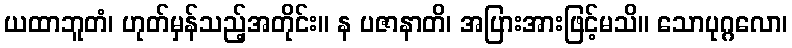
ယထာဘူတံ၊ ဟုတ်မှန်သည့်အတိုင်း။ န ပဇာနာတိ၊ အပြားအားဖြင့်မသိ။ သောပုဂ္ဂလော၊